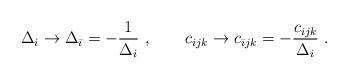
LaTeX: \begin{align*}\Delta_{i} \rightarrow\Delta_{\bar\imath} = -{1\over\Delta_i}\ , \qquad c_{ijk} \rightarrow c_{\bar\imath j k} = -{c_{ijk} \over \Delta_i}\ .\end{align*}